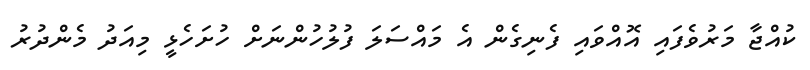
ކުއްޖާ މަރުވެފައި އޮއްވައި ފެނިގެން އެ މައްސަލަ ފުލުހުންނަށް ހުށަހެޅީ މިއަދު މެންދުރު